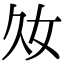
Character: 𡚮